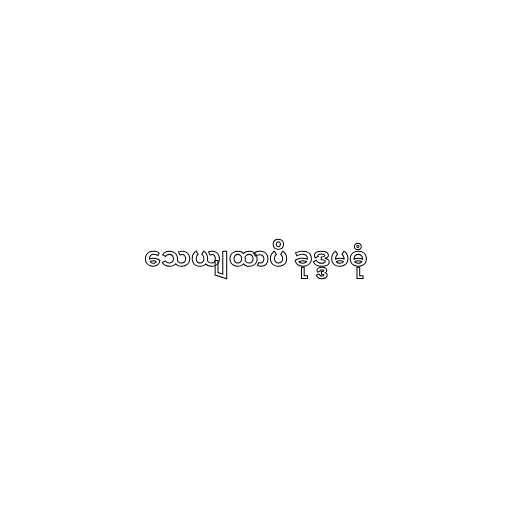
သေယျထာပိ ခုဒ္ဒမဓုံ